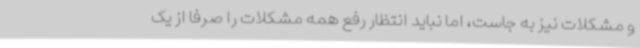
و مشکلات نیز به جاست، اما نباید انتظار رفع همه مشکلات را صرفا از یک